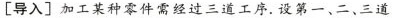
[导入]加工某种零件需经过三道工序，设第一、二、三道